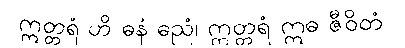
ဣတ္တရံ ဟိ ဓနံ ဓညံ၊ ဣတ္တရံ ဣဓ ဇီဝိတံ